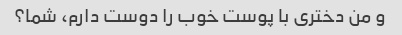
و من دختری با پوست خوب را دوست دارم، شما؟